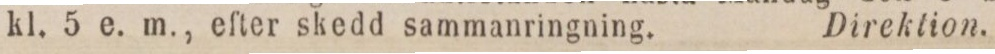
kl. 5 e. m., efter skedd sammanringning.    Direktion.